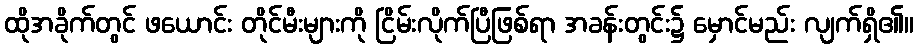
ထိုအခိုက်တွင် ဖယောင်း တိုင်မီးများကို ငြိမ်းလိုက်ပြီဖြစ်ရာ အခန်းတွင်း၌ မှောင်မည်း လျက်ရှိ၏။